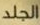
الجلد